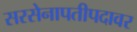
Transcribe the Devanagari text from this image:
सरसेनापतीपदावर